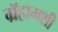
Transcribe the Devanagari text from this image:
ग्रॅहामशी